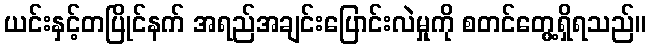
ယင်းနှင့်တပြိုင်နက် အရည်အချင်းပြောင်းလဲမှုကို စတင်တွေ့ရှိရသည်။